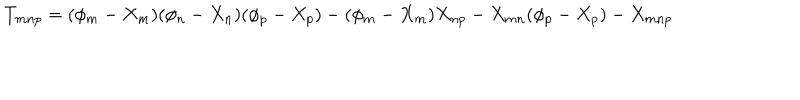
LaTeX: T _ { m n p } = ( \phi _ { m } - X _ { m } ) ( \phi _ { n } - X _ { n } ) ( \phi _ { p } - X _ { p } ) - ( \phi _ { m } - X _ { m } ) X _ { n p } - X _ { m n } ( \phi _ { p } - X _ { p } ) - X _ { m n p }